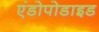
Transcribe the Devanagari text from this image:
एंडोपोडाइड